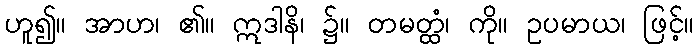
ဟူ၍။ အာဟ၊ ၏။ ဣဒါနိ၊ ၌။ တမတ္ထံ၊ ကို။ ဥပမာယ၊ ဖြင့်။